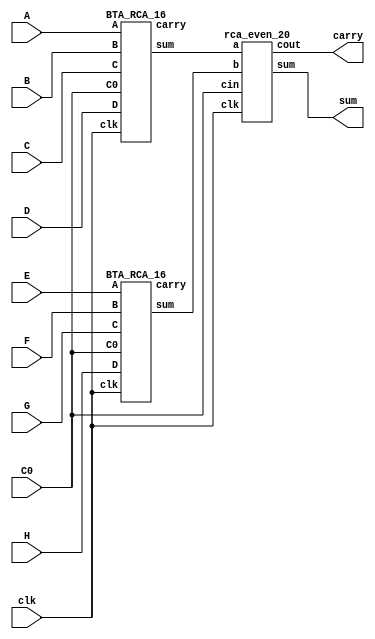
`timescale 1ns/1ps

module BTA_RCA_32 #(parameter N=32, m=16)(input clk,input [(m*(N/8))-1:0]A,B,C,D,E,F,G,H, input C0,output [m+$clog2(N)-1:0]sum, output carry);

wire [N-1:0]c;
wire [((m+1)*(N/2))-1:0]s1;




BTA_RCA_16 a1(clk,A[(m*(N/8))-1:0],B[(m*(N/8))-1:0],C[(m*(N/8))-1:0],D[(m*(N/8))-1:0], C0,s1[(m+$clog2(N/2))-1:0],c[0]);

BTA_RCA_16 a2(clk,E[(m*(N/8))-1:0],F[(m*(N/8))-1:0],G[(m*(N/8))-1:0],H[(m*(N/8))-1:0],C0,s1[2*m+7:m+$clog2(N/2)],c[1]);

rca_even_20 a3(clk,s1[m+$clog2(N/2)-1:0],s1[2*m+7:m+$clog2(N/2)],C0,sum[m+$clog2(N)-1:0],carry);

endmodule


/////////////////////////////////////////////////////////////////



module BTA_RCA_16#(parameter N=16, m=16)(input clk,input [(m*(N/4))-1:0]A,B,C,D, input C0,output [m+$clog2(N)-1:0]sum, output carry);

wire [N-1:0]c;
wire [((m+1)*(N/2))-1:0]s1;

//integer n=0;
//integer j;


BTA_RCA_8 a1(clk,A[m-1:0],B[m-1:0],A[(2'd2*m)-1:m],B[(2'd2*m)-1:m],A[(2'd3*m)-1:2'd2*m],B[(2'd3*m)-1:2'd2*m],A[(3'd4*m)-1:2'd3*m],B[(3'd4*m)-1:2'd3*m],C0,s1[m+2'd2:0],c[0]);

BTA_RCA_8 a2(clk,C[m-1:0],D[m-1:0],C[(2'd2*m)-1:m],D[(2'd2*m)-1:m],C[(2'd3*m)-1:2'd2*m],D[(2'd3*m)-1:2'd2*m],C[(3'd4*m)-1:2'd3*m],D[(3'd4*m)-1:2'd3*m],C0,s1[2'd2*m+5:m+3],c[1]);

rca_odd_19 a3(clk,s1[m+2:0],s1[2*m+5:m+3],C0,sum[m+$clog2(N)-1:0],carry);

endmodule

//////////////////////////////////////////////


module BTA_RCA_8#(parameter N=8,m=16)(input clk,input [m-1:0]A,B,C,D,E,F,G,H, input C0,output [m+2:0]sum, output carry);
wire [N-1:0]c;
wire [105:0]s;

//1st stage -- N/2  -- here 4RCA's of each 16bits

rca_even_16 a1(clk,A[m-1:0],B[m-1:0],C0,s[m:0],c[0]);
rca_even_16 a2(clk,C[m-1:0],D[m-1:0],C0,s[m+17:m+1],c[1]);
rca_even_16 a3(clk,E[m-1:0],F[m-1:0],C0,s[m+34:m+18],c[2]);
rca_even_16 a4(clk,G[m-1:0],H[m-1:0],C0,s[m+51:m+35],c[3]);

//2nd stage --N/4 --here 2RCA's of each 17bits

rca_odd_17 a5(clk, s[m:0],s[m+17:m+1],C0, s[m+69:m+52],c[4]);
rca_odd_17 a6(clk, s[m+34:m+18],s[m+51:m+35],C0, s[m+87:m+70],c[5]);

// 3rd stage --N/8 --here 1RCA of 18bits

rca_even_18 a7(clk, s[m+69:m+52],s[m+87:m+70],C0,sum[m+2:0],carry);

endmodule

 /////////////////


module aoi(
    input clk,
    input a,
    input b,
    input cin,
    output reg s,
    output reg cout
    );
    
    reg p,g;
always @(posedge clk) begin    
     p = a ^ b;
    g = a & b;
     cout = ~ ( g | ( p & cin));
     s = p ^ cin;
end    
endmodule


//////////////////////

module oai (
    input clk,
    input  a,
    input  b,
    input  cin,
    output  reg s,
    output  reg cout
    );
    
    reg p,g;
 always @(posedge clk)    begin
 
    p = a ^ b;
     g =  a & b;
     cout = ~((~g) & ((~p) | cin));
     s = (~p) ^ cin;
end    
endmodule

//////////////////////////////////////


module rca_even_18 #(parameter N=18)(
    input clk,
    input [N-1:0]a,
    input [N-1:0]b,
    input cin,
    output [N:0]sum,
    output cout
   
    );
 wire [N-1:0]s1;
 wire [N-1:0]c1;
 aoi a1(clk,a[0] , b[0], cin, s1[0], c1[0]);  
genvar i;
generate 
for ( i =1 ; i < (N-1) ; i=i+1) begin

if((i%2)==1) begin 
oai o1(clk,a[i],b[i],c1[i-1],s1[i],c1[i]);
end

else begin
aoi a2(clk,a[i],b[i],c1[i-1],s1[i],c1[i]);
end 

end
endgenerate

oai o2(clk,a[N-1],b[N-1],c1[N-2],s1[N-1],cout);

assign sum = {cout,s1[N-1:0]};
   
endmodule

///////////////////////////////////////


module rca_odd_17 #(parameter N=17)(
    input clk,
    input [N-1:0]a,
    input [N-1:0]b,
    input cin,
    output [N:0]sum,
    output cout
   
    );
 wire [N-1:0]s1;
 wire [N-1:0]c1;
 aoi a1(clk,a[0] , b[0], cin, s1[0], c1[0]);  
genvar i;
generate 
for ( i =1 ; i <= (N-1) ; i=i+1) begin

if((i%2)==1) begin 
oai o1(clk,a[i],b[i],c1[i-1],s1[i],c1[i]);
end

else begin
aoi a2(clk,a[i],b[i],c1[i-1],s1[i],c1[i]);
end 

end
endgenerate

assign cout=~c1[N-1];
//oai o2(clk,a[N-1],b[N-1],c1[N-2],s1[N-1],cout);

assign sum = {cout,s1[N-1:0]};
   
endmodule



////////////////////////////////

module rca_even_16 #(parameter N=16)(
    input clk,
    input [N-1:0]a,
    input [N-1:0]b,
    input cin,
    output [N:0]sum,
    output cout
   
    );
 wire [N-1:0]s1;
 wire [N-1:0]c1;
 aoi a1(clk,a[0] , b[0], cin, s1[0], c1[0]);  
genvar i;
generate 
for ( i =1 ; i < (N-1) ; i=i+1) begin

if((i%2)==1) begin 
oai o1(clk,a[i],b[i],c1[i-1],s1[i],c1[i]);
end

else begin
aoi a2(clk,a[i],b[i],c1[i-1],s1[i],c1[i]);
end 

end
endgenerate

oai o2(clk,a[N-1],b[N-1],c1[N-2],s1[N-1],cout);

assign sum = {cout,s1[N-1:0]};
   
endmodule

/////////////////////////////////////////////


module rca_odd_19 #(parameter N=19)(
    input clk,
    input [N-1:0]a,
    input [N-1:0]b,
    input cin,
    output [N:0]sum,
    output cout
   
    );
 wire [N-1:0]s1;
 wire [N-1:0]c1;
 aoi a1(clk,a[0] , b[0], cin, s1[0], c1[0]);  
genvar i;
generate 
for ( i =1 ; i <= (N-1) ; i=i+1) begin

if((i%2)==1) begin 
oai o1(clk,a[i],b[i],c1[i-1],s1[i],c1[i]);
end

else begin
aoi a2(clk,a[i],b[i],c1[i-1],s1[i],c1[i]);
end 

end
endgenerate

assign cout=~c1[N-1];
//oai o2(clk,a[N-1],b[N-1],c1[N-2],s1[N-1],cout);

assign sum = {cout,s1[N-1:0]};
   
endmodule



/////////////////////////////////////////

module rca_even_20 #(parameter N=20)(
    input clk,
    input [N-1:0]a,
    input [N-1:0]b,
    input cin,
    output [N:0]sum,
    output cout
   
    );
 wire [N-1:0]s1;
 wire [N-1:0]c1;
 aoi a1(clk,a[0] , b[0], cin, s1[0], c1[0]);  
genvar i;
generate 
for ( i =1 ; i < (N-1) ; i=i+1) begin

if((i%2)==1) begin 
oai o1(clk,a[i],b[i],c1[i-1],s1[i],c1[i]);
end

else begin
aoi a2(clk,a[i],b[i],c1[i-1],s1[i],c1[i]);
end 

end
endgenerate

oai o2(clk,a[N-1],b[N-1],c1[N-2],s1[N-1],cout);

assign sum = {cout,s1[N-1:0]};
   
endmodule